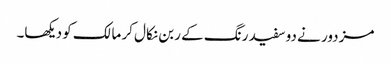
مزدور نے دو سفید رنگ کے ربن نکال کر مالک کو دیکھا۔